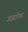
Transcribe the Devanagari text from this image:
अझारेंका